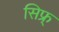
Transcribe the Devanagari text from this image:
सिफ्र्